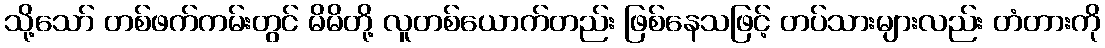
သို့သော် တစ်ဖက်ကမ်းတွင် မိမိတို့ လူတစ်ယောက်တည်း ဖြစ်နေသဖြင့် တပ်သားများလည်း တံတားကို